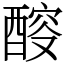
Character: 䤇